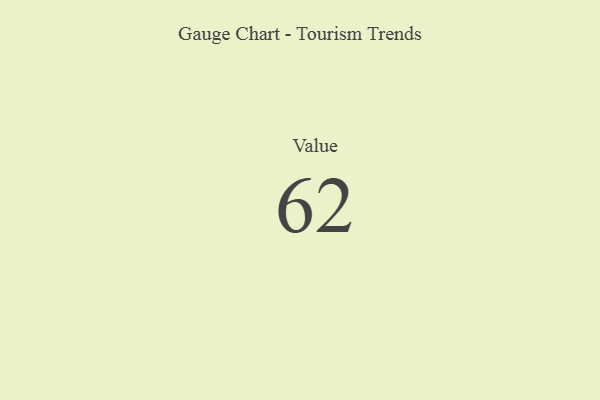
{"axis": {"x": "Metric", "y": "Value"}, "legend": [""], "data": [{"x": "Value", "y": 62, "type": ""}]}